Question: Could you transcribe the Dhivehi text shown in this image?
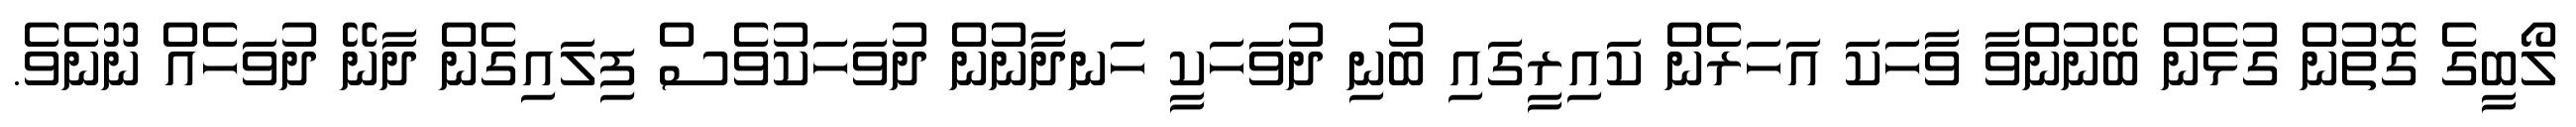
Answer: ލޯބީގެ ގޮތުން ގުޅެން ބޭނުންވާ ވާހަކަ އަހަރެން ކައިރީގައި ބުނި ދުވަހަކީ ހަނދާނުން ދުވަހަކުވެސް ފިލައިގެން ދާނޭ ދުވަހެއް ނޫނެވެ.